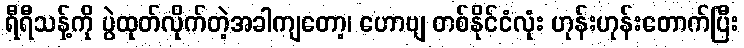
ရီရီသန့်ကို ပွဲထုတ်လိုက်တဲ့အခါကျတော့၊ ဟောဗျ တစ်နိုင်ငံလုံး ဟုန်းဟုန်းတောက်ပြီး